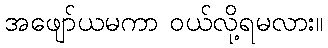
အဖျော်ယမကာ ဝယ်လို့ရမလား။